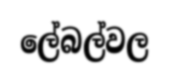
ලේබල්වල